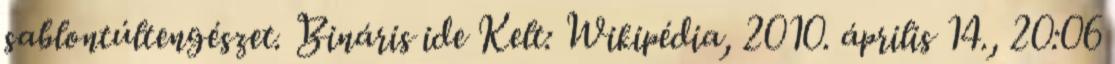
sablontúltengészet. Bináris ide Kelt: Wikipédia, 2010. április 14., 20:06